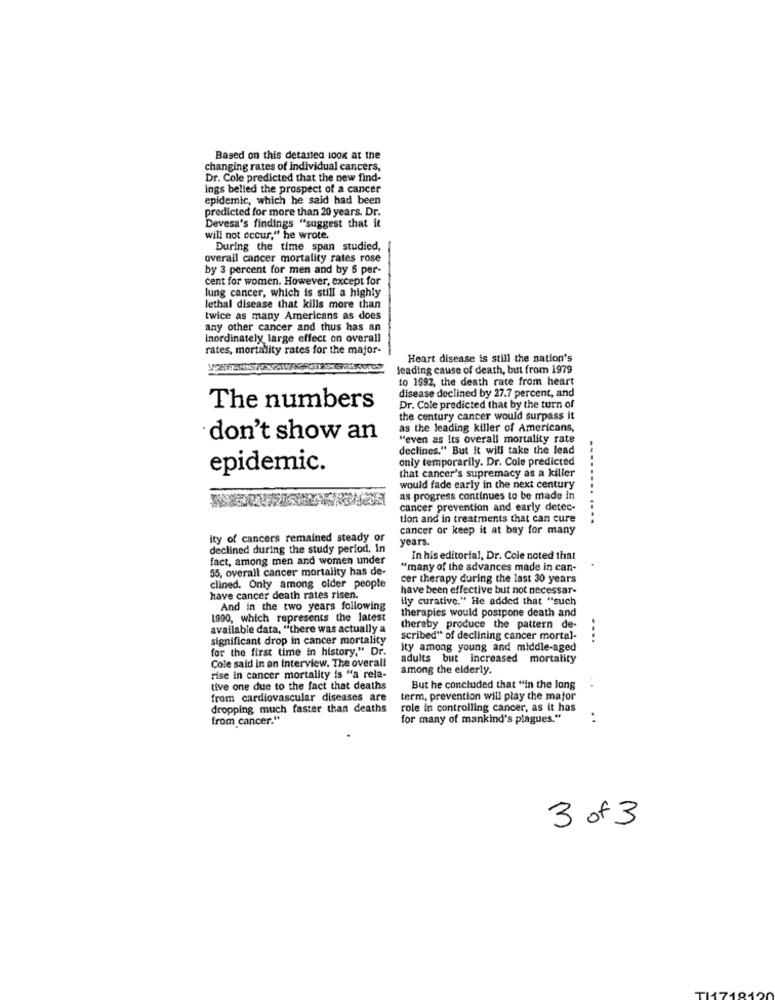
Based on this detailed look at the
changing rates of individual cancers,
Dr. Cole predicted that the new find-
ings belled the prospect of a cancer
epidemic, which he said had been
predicted for more than 20 years. Dr.
Devesa's findings "suggest that it
will not occur," he wrote.
During the time span studied,
overall cancer mortality rates rose
by 3 percent for men and by 6 per-
cent for women. However, except for
lung cancer, which is still a highly
lethal disease that kills more than
twice as many Americans as does
any other cancer and thus has an
Inordinately large effect on overall
rates, mortality rates for the major-
Heart disease is still the nation's
leading cause of death, but from 1979
to 1992, the death rate from heart
disease declined by 27.7 percent, and
The numbers
Dr. Cole predicted that by the turn of
the century cancer would surpass it
as the leading killer of Americans,
don't show an
"even as Its overall mortality rate
declines." But it will take the lead
only temporarily. Dr. Cole predicted
epidemic.
that cancer's supremacy as a killer
would fade early in the next century
as progress continues to be made in
cancer prevention and early detec-
tion and in treatments that can cure
cancer or keep it at bay for many
ity of cancers remained steady or
years.
declined during the study period. In
fact, among men and women under
In his editorial, Dr. Cole noted that
55, overall cancer mortality has de-
"many of the advances made in can-
cer therapy during the last 30 years
clined. Only among older people
have been effective but not necessar-
have cancer death rates risen.
ily curative." He added that "such
And in the two years following
therapies would postpone death and
1990, which represents the latest
available data, "there was actually a
thereby produce the pattern de-
significant drop in cancer mortality
scribed" of declining cancer mortal-
....
for the first time in history." Dr.
ity among young and middle-aged
adults but increased mortality
Cole said in an interview. The overall
among the elderly.
rise in cancer mortality is "a rela-
tive one due to the fact that deaths
But he concluded that "in the long
from cardiovascular diseases are
term, prevention will play the major
dropping much faster than deaths
role in controlling cancer, as it has
from cancer."
for many of mankind's plagues."
..
3 of 3